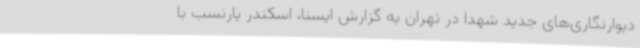
دیوارنگاری‌های جدید شهدا در تهران به گزارش ایسنا، اسکندر یارنسب با